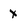
Character: X